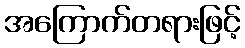
အကြောက်တရားဖြင့်